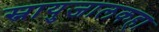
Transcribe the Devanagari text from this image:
स्नायुजालकहा